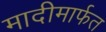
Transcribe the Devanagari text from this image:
मादीमार्फत